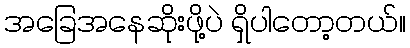
အခြေအနေဆိုးဖို့ပဲ ရှိပါတော့တယ်။